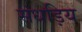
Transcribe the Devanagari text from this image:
संधड़िय